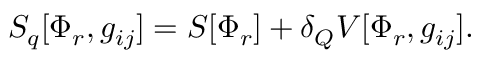
S _ { q } [ \Phi _ { r } , g _ { i j } ] = S [ \Phi _ { r } ] + \delta _ { Q } V [ \Phi _ { r } , g _ { i j } ] .